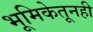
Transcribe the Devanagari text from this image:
भूमिकेतूनही